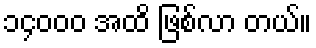
၁၄၀၀၀ အထိ ဖြစ်လာ တယ်။